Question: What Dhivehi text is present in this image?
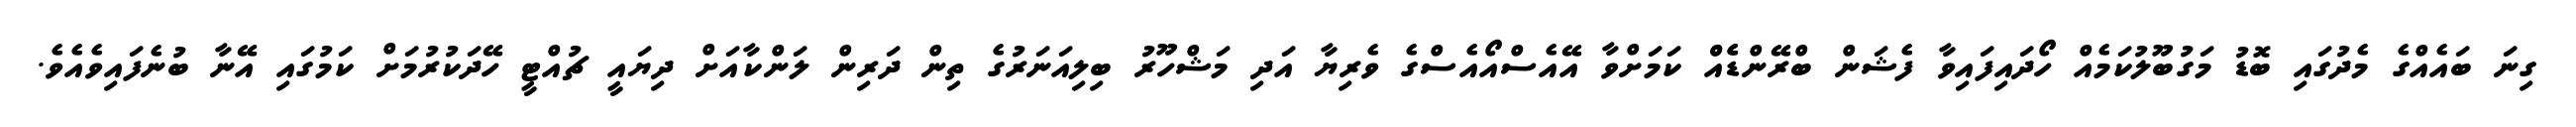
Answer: ގިނަ ބައެއްގެ މެދުގައި ބޮޑު މަގުބޫލުކަމެއް ހޯދައިފައިވާ ފެޝަން ބްރޭންޑެެއްް ކަމަށްވާ އޭއެސްއޯއެސްގެ ވެރިޔާ އަދި މަޝްހޫރު ބިލިއަނަރުގެ ތިން ދަރިން ލަންކާއަށް ދިޔައީ ޗުއްޓީ ހޭދަކުރުމަށް ކަމުގައި އޭނާ ބުނެފައިވެއެވެ.